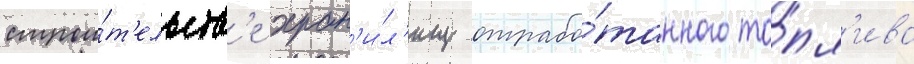
строи́т'ельств'е хран'и́л'ищ отрабо́танного то́пл'ива